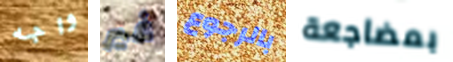
واجه غير بالرجوع بمضاجعة